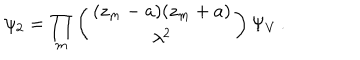
LaTeX: \psi _ { 2 } = \prod _ { m } \left( \begin{array} { c } { { ( z _ { m } - a ) ( z _ { m } + a ) } } \\ { { \lambda ^ { 2 } } } \\ \end{array} \right) \Psi _ { V } \, .